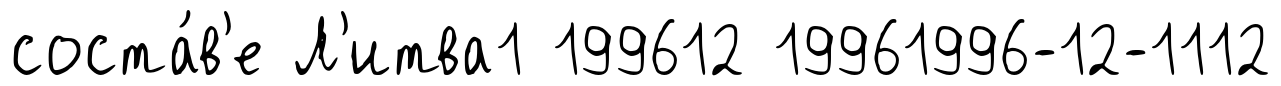
соста́в'е Л'итва1 199612 19961996-12-1112